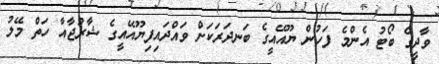
ވާދީގެ ބޯޓު އެންމެ ފަހުން ޔޫއޭއީގެ ބަނދަރަކަށް ވައްދައިފިޔޫއޭއީގެ ޝާރުޖާއާ ހަތް މޭލު